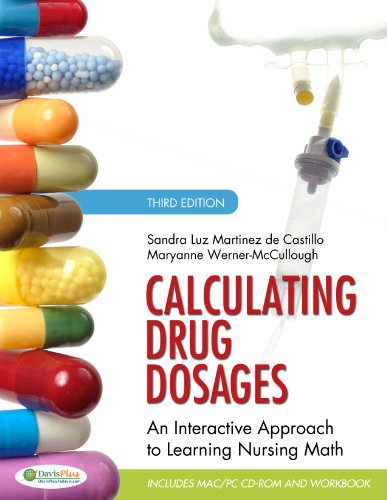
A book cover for Calculating Drug Dosages: An Interactive Approach to Learning Nursing Math, Third Edition; Sandra Luz Martinez de Castillo RN  MA  EdD; Medical Books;